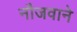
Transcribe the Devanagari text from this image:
नौजवाने